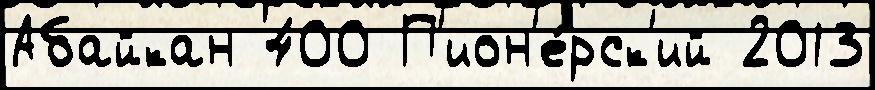
Абайкан 400 П'ион'е́рск'ий 2013